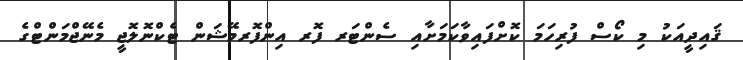
ޤައިދީއަކު މި ކޯސް ފުރިހަމަ ކޮށްފައިވާކަމަށާއި ސެންޓަރ ފޮރ އިންފޮރމޭޝަން ޓެކްނޮލޮޖީ މެނޭޖްމަންޓްގެ